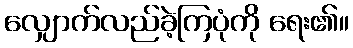
လျှောက်လည်ခဲ့ကြပုံကို ရေး၏။